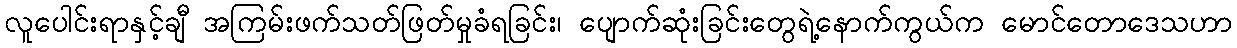
လူပေါင်းရာနှင့်ချီ အကြမ်းဖက်သတ်ဖြတ်မှုခံရခြင်း၊ ပျောက်ဆုံးခြင်းတွေရဲ့နောက်ကွယ်က မောင်တောဒေသဟာ